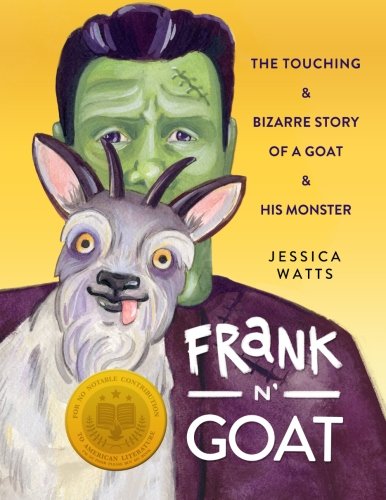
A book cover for Frank N' Goat: A Tale of Freakish Friendship; Jessica Watts; Literature & Fiction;